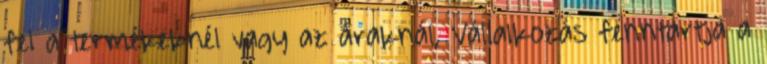
fel a termékeknél vagy az áraknál, Vállalkozás fenntartja a